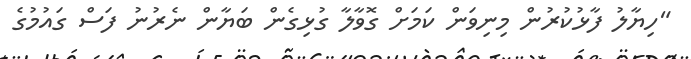
"ހިޔާލު ފާޅުކުރުން މިނިވަން ކަމަށް ގޮވާލާ ގުޅިގެން ބަޔާން ނެރުނު ފަސް ގައުމުގެ